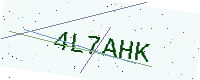
Text: 4L7AHK